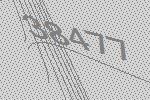
38477